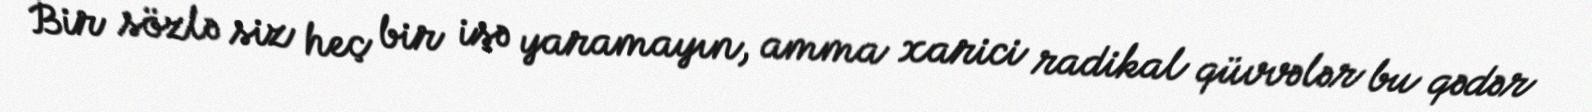
Bir sözlə siz heç bir işə yaramayın, amma xarici radikal qüvvələr bu qədər